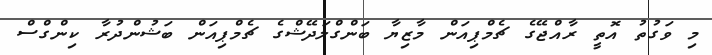
މި ވަގުތު އޮތީ ރާއްޖޭގެ ޗެމްޕިއަން މާޒިޔާ ބަންގްލަދޭޝްގެ ޗެމްޕިއަން ބަޝުންދުރާ ކިންގްސް